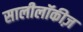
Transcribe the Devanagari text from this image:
सालीलॉकीज़